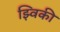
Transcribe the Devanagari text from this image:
झ्विकी